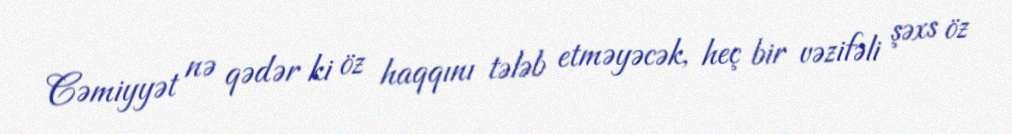
Cəmiyyət nə qədər ki öz haqqını tələb etməyəcək, heç bir vəzifəli şəxs öz